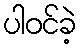
ပါဝင်ခဲ့